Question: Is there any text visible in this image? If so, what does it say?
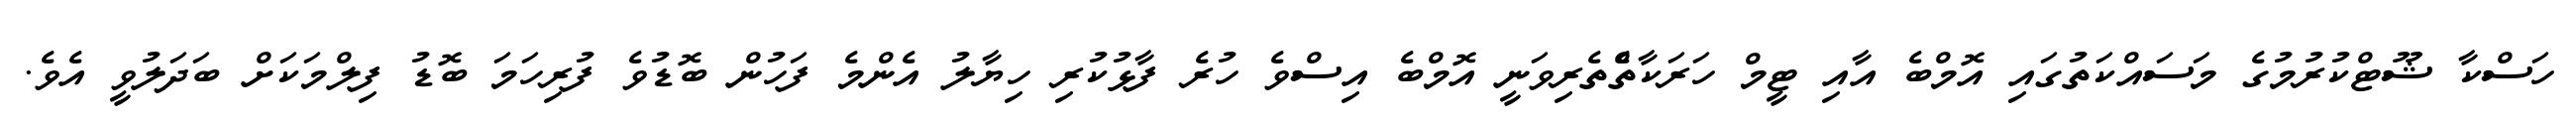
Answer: ހަސްކާ ޝޫޓްކުރުމުގެ މަސައްކަތުގައި އޮމްބެ އާއި ޓީމް ހަރަކާތްެތެރިވަނީ އޮމްބެ އިސްވެ ހުރެ ފާޅުކުރި ހިޔާލު އެންމެ ފަހުން ބޮޑުވެ ފުރިހަމަ ބޮޑު ފިލްމަކަށް ބަދަލުވީ އެވެ.